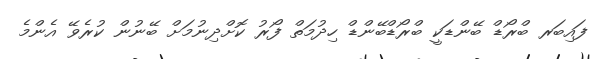
ފައިބަރ ބްރޯޑް ބޭންޑަކީ ބްރޯޑްބޭންޑް ހިދުމަތް ފޯރު ކޮށްދިނުމަށް ބޭނުން ކުރެވޭ އެންމެ